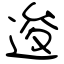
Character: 逡